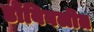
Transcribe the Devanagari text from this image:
डोंबिबलीत